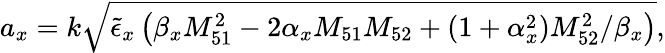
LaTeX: \begin{array}{r}{a_{x}=k\sqrt{\tilde{\epsilon}_{x}\left(\beta_{x}M_{51}^{2}-2\alpha_{x}M_{51}M_{52}+(1+\alpha_{x}^{2})M_{52}^{2}/\beta_{x}\right)},}\end{array}